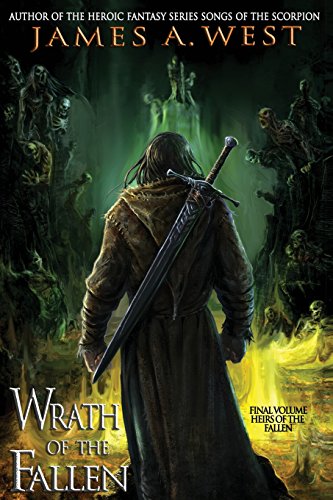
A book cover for Wrath of the Fallen (Heirs of the Fallen) (Volume 4); James A. West; Science Fiction & Fantasy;